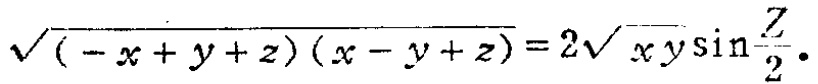
\(\sqrt{(-x + y + z)(x - y + z)} = 2\sqrt{xy}\sin\frac{Z}{2}\)